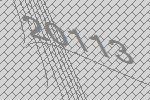
20113